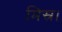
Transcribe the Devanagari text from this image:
मिस्र।